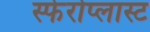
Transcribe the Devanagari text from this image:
स्फेरोप्लास्ट